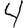
Digit: 4